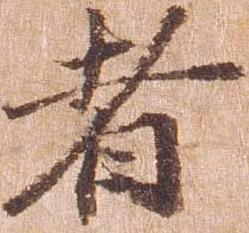
者